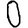
Digit: 0